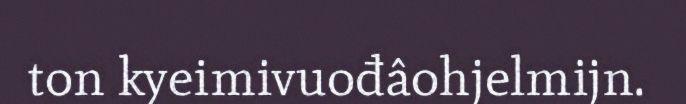
ton kyeimivuođâohjelmijn.